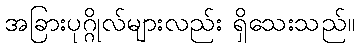
အခြားပုဂ္ဂိုလ်များလည်း ရှိသေးသည်။